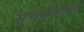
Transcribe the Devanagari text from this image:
सुचवलेला